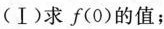
(Ⅰ)求f(0)的值；